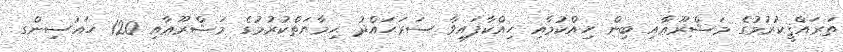
ތަރައްޤީކުރުމުގެ މަޝްރޫޢާއި ބިން ހިއްކުމާއި ހިއްކާފައިވާ ސަރަޙައްދު ޙިމާޔަތްކުރުމުގެ މަޝްރޫޢާއި 120 ހައުސިންގ